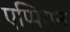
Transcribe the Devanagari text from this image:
एप्पियन